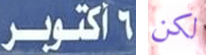
6 أكتوبر لكن